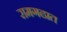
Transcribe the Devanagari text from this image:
रामगढात